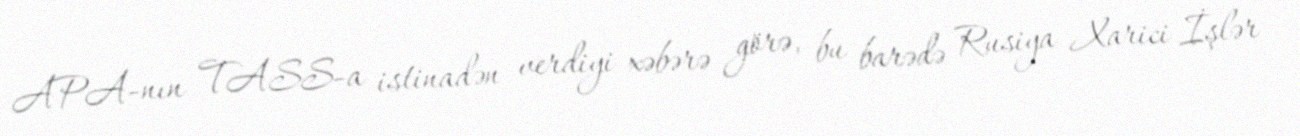
APA-nın TASS-a istinadən verdiyi xəbərə görə, bu barədə Rusiya Xarici İşlər